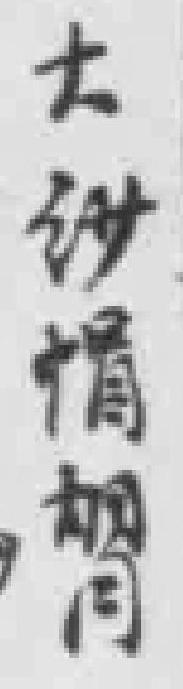
大纱帽胡同